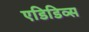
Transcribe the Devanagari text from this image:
एडिडिव्स